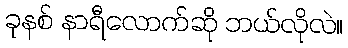
ခုနစ် နာရီလောက်ဆို ဘယ်လိုလဲ။